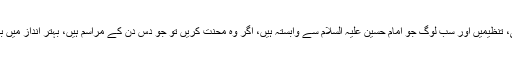
علماء، ماتمی، تنظیمیں اور سب لوگ جو امام حسین علیہ السلام سے وابستہ ہیں، اگر وہ محنت کریں تو جو دس دن کے مراسم ہیں، بہتر انداز میں برپا ہوں گے۔